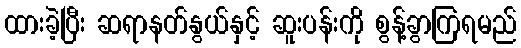
ထားခဲ့ပြီး ဆရာနတ်နွယ်နှင့် ဆူးပန်းကို စွန့်ခွာကြရမည်